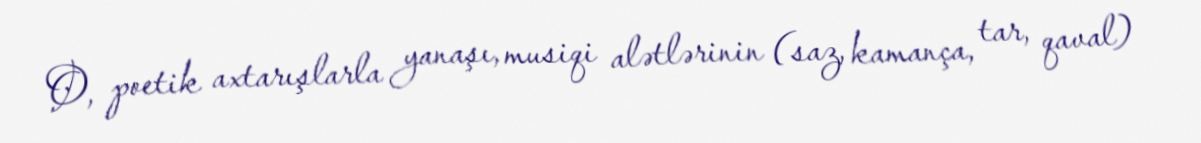
O, poetik axtarışlarla yanaşı, musiqi alətlərinin (saz, kamança, tar, qaval)